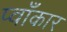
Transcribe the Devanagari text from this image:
प्वाँकार